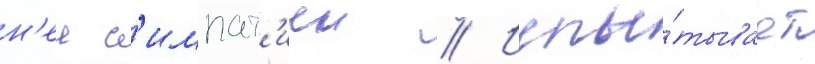
н'еи с'импат'иеи // Испы́тывает